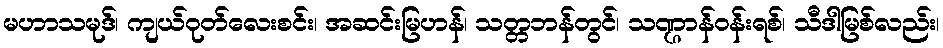
မဟာသမုဒ်၊ ကျယ်ဝုတ်လေးစင်း၊ အဆင်းမြဟန်၊ သတ္တဘန်တွင်၊ သဏ္ဌာန်ဝန်းရစ်၊ သီဒါမြစ်လည်း၊